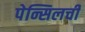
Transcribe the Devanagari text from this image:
पेन्सिलची